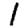
Digit: 1